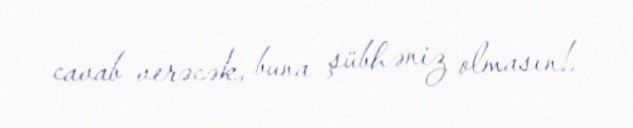
cavab verəcək, buna şübhəniz olmasın!.